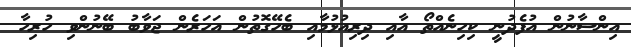
އިންސާނުން އުފެދުނީ ކިހިނެއްތޯ އާއި ދިރިއުޅުމާއި ބެހޭގޮތުން އަހަރެން ޖަވާބު ބޭނުންވި ހުރިހާ